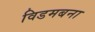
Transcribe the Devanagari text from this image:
विडमबना